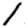
Digit: 1